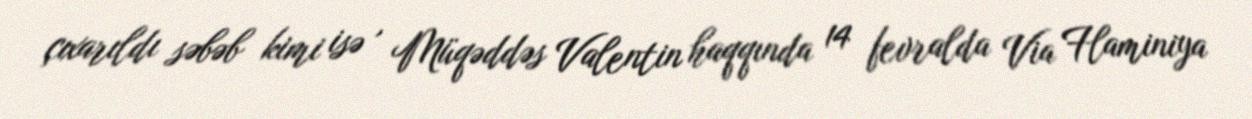
çıxarıldı səbəb kimi isə , Müqəddəs Valentin haqqında 14 fevralda Via Flaminiya